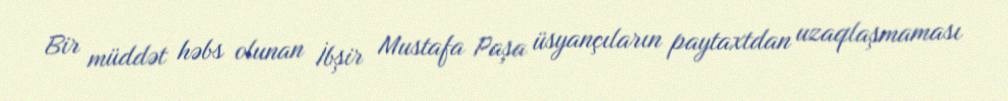
Bir müddət həbs olunan İbşir Mustafa Paşa üsyançıların paytaxtdan uzaqlaşmaması